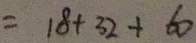
= 1 8 + 3 2 + 6 0